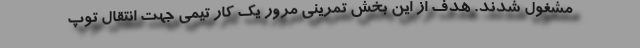
مشغول شدند. هدف از این بخش تمرینی مرور یک کار تیمی جهت انتقال توپ